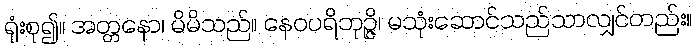
ရုံးစု၍။ အတ္တနော၊ မိမိသည်။ နေဝပရိဘုဉ္ဇိ၊ မသုံးဆောင်သည်သာလျှင်တည်း။